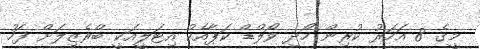
މީގެ 8 އަހަރު ކުރިން ހޯދި ވޯލްޑް ކަޕާއެކު އިޓަލީއަކީ ބްރެޒިލަށް ފަހު